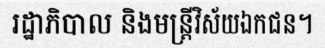
រដ្ឋាភិបាល និងមន្ត្រីវិស័យឯកជន។